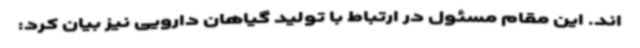
اند. این مقام مسئول در ارتباط با تولید گیاهان دارویی نیز بیان کرد: